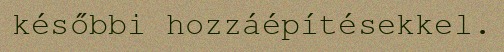
későbbi hozzáépítésekkel.